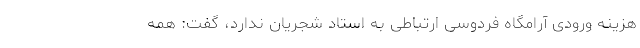
هزینه ورودی آرامگاه فردوسی ارتباطی به استاد شجریان ندارد، گفت: همه‌